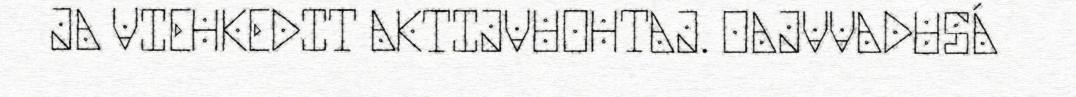
JA VIEHKEDIT AKTIJVUOHTAJ. OAJVVADUSÁ